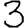
Digit: 3